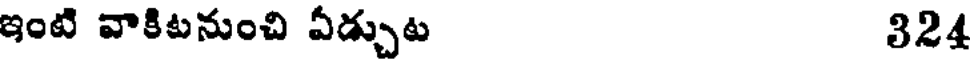
ఇంటి వాకిటనుంచి ఏడ్చుట 324